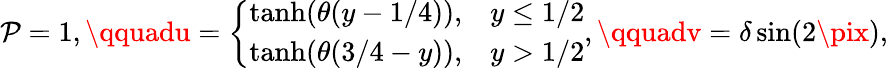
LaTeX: \mathcal{P}=1,\qquadu=\left\{ \begin{array}{ll}{\operatorname{tanh}(\theta(y-1/4)),}&{y\leq 1/2}\\ {\operatorname{tanh}(\theta(3/4-y)),}&{y>1/2}\end{array}\right.,\qquadv=\delta\sin(2\pix),